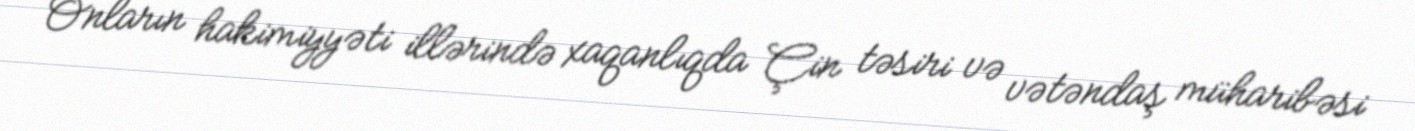
Onların hakimiyyəti illərində xaqanlıqda Çin təsiri və vətəndaş müharibəsi